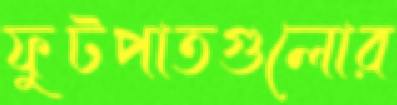
ফুটপাতগুলোর